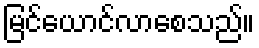
မြင်ယောင်လာစေသည်။